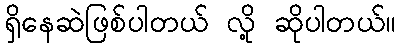
ရှိနေဆဲဖြစ်ပါတယ် လို့ ဆိုပါတယ်။